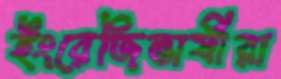
ইংরেজিভাষীরা